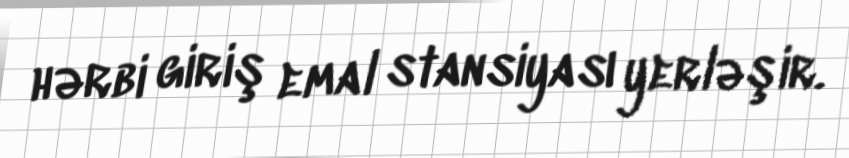
hərbi giriş emal stansiyası yerləşir.